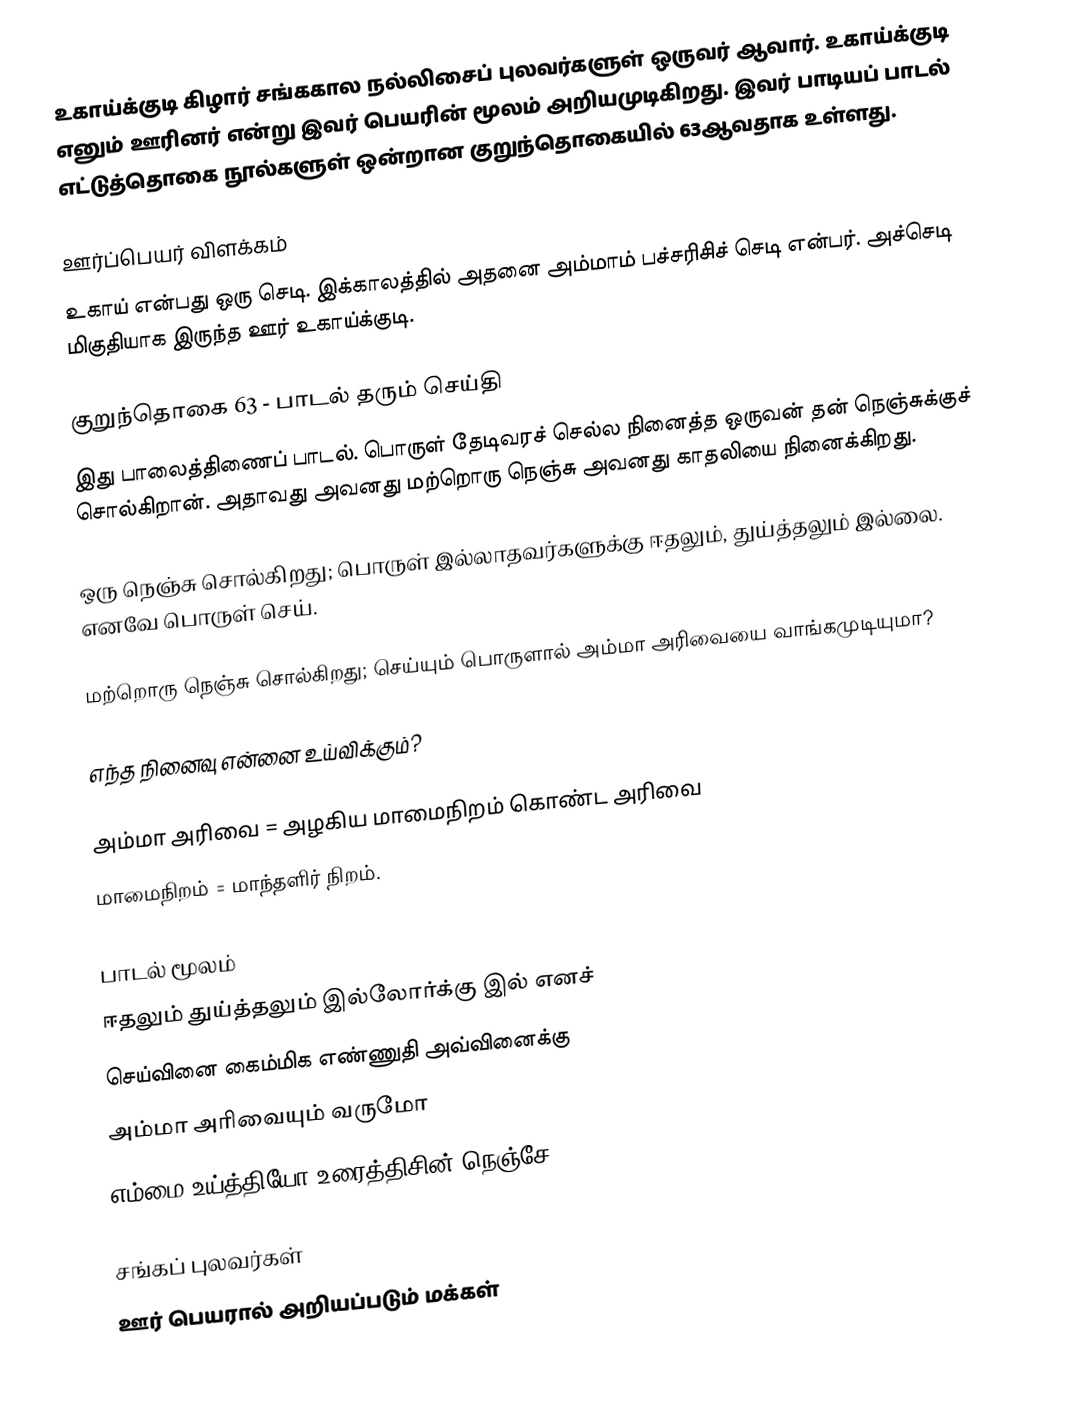
உகாய்க்குடி கிழார் சங்ககால நல்லிசைப் புலவர்களுள் ஒருவர் ஆவார். உகாய்க்குடி எனும் ஊரினர் என்று இவர் பெயரின் மூலம் அறியமுடிகிறது. இவர் பாடியப்  பாடல் எட்டுத்தொகை நூல்களுள் ஒன்றான குறுந்தொகையில் 63ஆவதாக உள்ளது.

ஊர்ப்பெயர் விளக்கம்
உகாய் என்பது ஒரு செடி. இக்காலத்தில் அதனை அம்மாம் பச்சரிசிச் செடி என்பர். அச்செடி மிகுதியாக இருந்த ஊர் உகாய்க்குடி.

குறுந்தொகை 63 - பாடல் தரும் செய்தி
இது பாலைத்திணைப் பாடல். பொருள் தேடிவரச் செல்ல நினைத்த ஒருவன் தன் நெஞ்சுக்குச் சொல்கிறான். அதாவது அவனது மற்றொரு நெஞ்சு அவனது காதலியை நினைக்கிறது.

ஒரு நெஞ்சு சொல்கிறது; பொருள் இல்லாதவர்களுக்கு ஈதலும், துய்த்தலும் இல்லை. எனவே பொருள் செய்.

மற்றொரு நெஞ்சு சொல்கிறது; செய்யும் பொருளால் அம்மா அரிவையை வாங்கமுடியுமா?

எந்த நினைவு என்னை உய்விக்கும்?

அம்மா அரிவை = அழகிய மாமைநிறம் கொண்ட அரிவை
மாமைநிறம் = மாந்தளிர் நிறம்.

பாடல் மூலம்
ஈதலும் துய்த்தலும் இல்லோர்க்கு இல் எனச்
செய்வினை கைம்மிக எண்ணுதி அவ்வினைக்கு
அம்மா அரிவையும் வருமோ
எம்மை உய்த்தியோ உரைத்திசின் நெஞ்சே!

சங்கப் புலவர்கள்
ஊர் பெயரால் அறியப்படும் மக்கள்